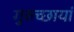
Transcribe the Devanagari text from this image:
गुरुच्छायां